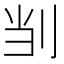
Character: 㓥